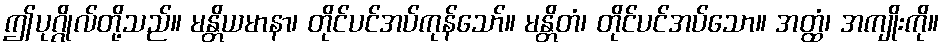
ဤပုဂ္ဂိုလ်တို့သည်။ မန္တိယမာနာ၊ တိုင်ပင်အပ်ကုန်သော်။ မန္တိတံ၊ တိုင်ပင်အပ်သော။ အတ္ထံ၊ အကျိုးကို။